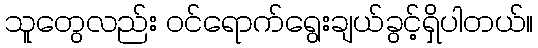
သူတွေလည်း ဝင်ရောက်ရွေးချယ်ခွင့်ရှိပါတယ်။